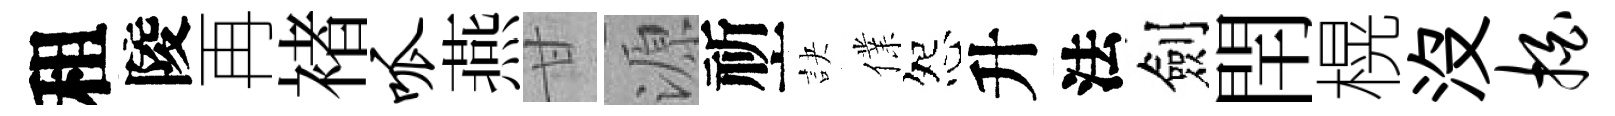
租陵再褚呱燕甘源祈訣㒒怨升法劍閈榥没拍